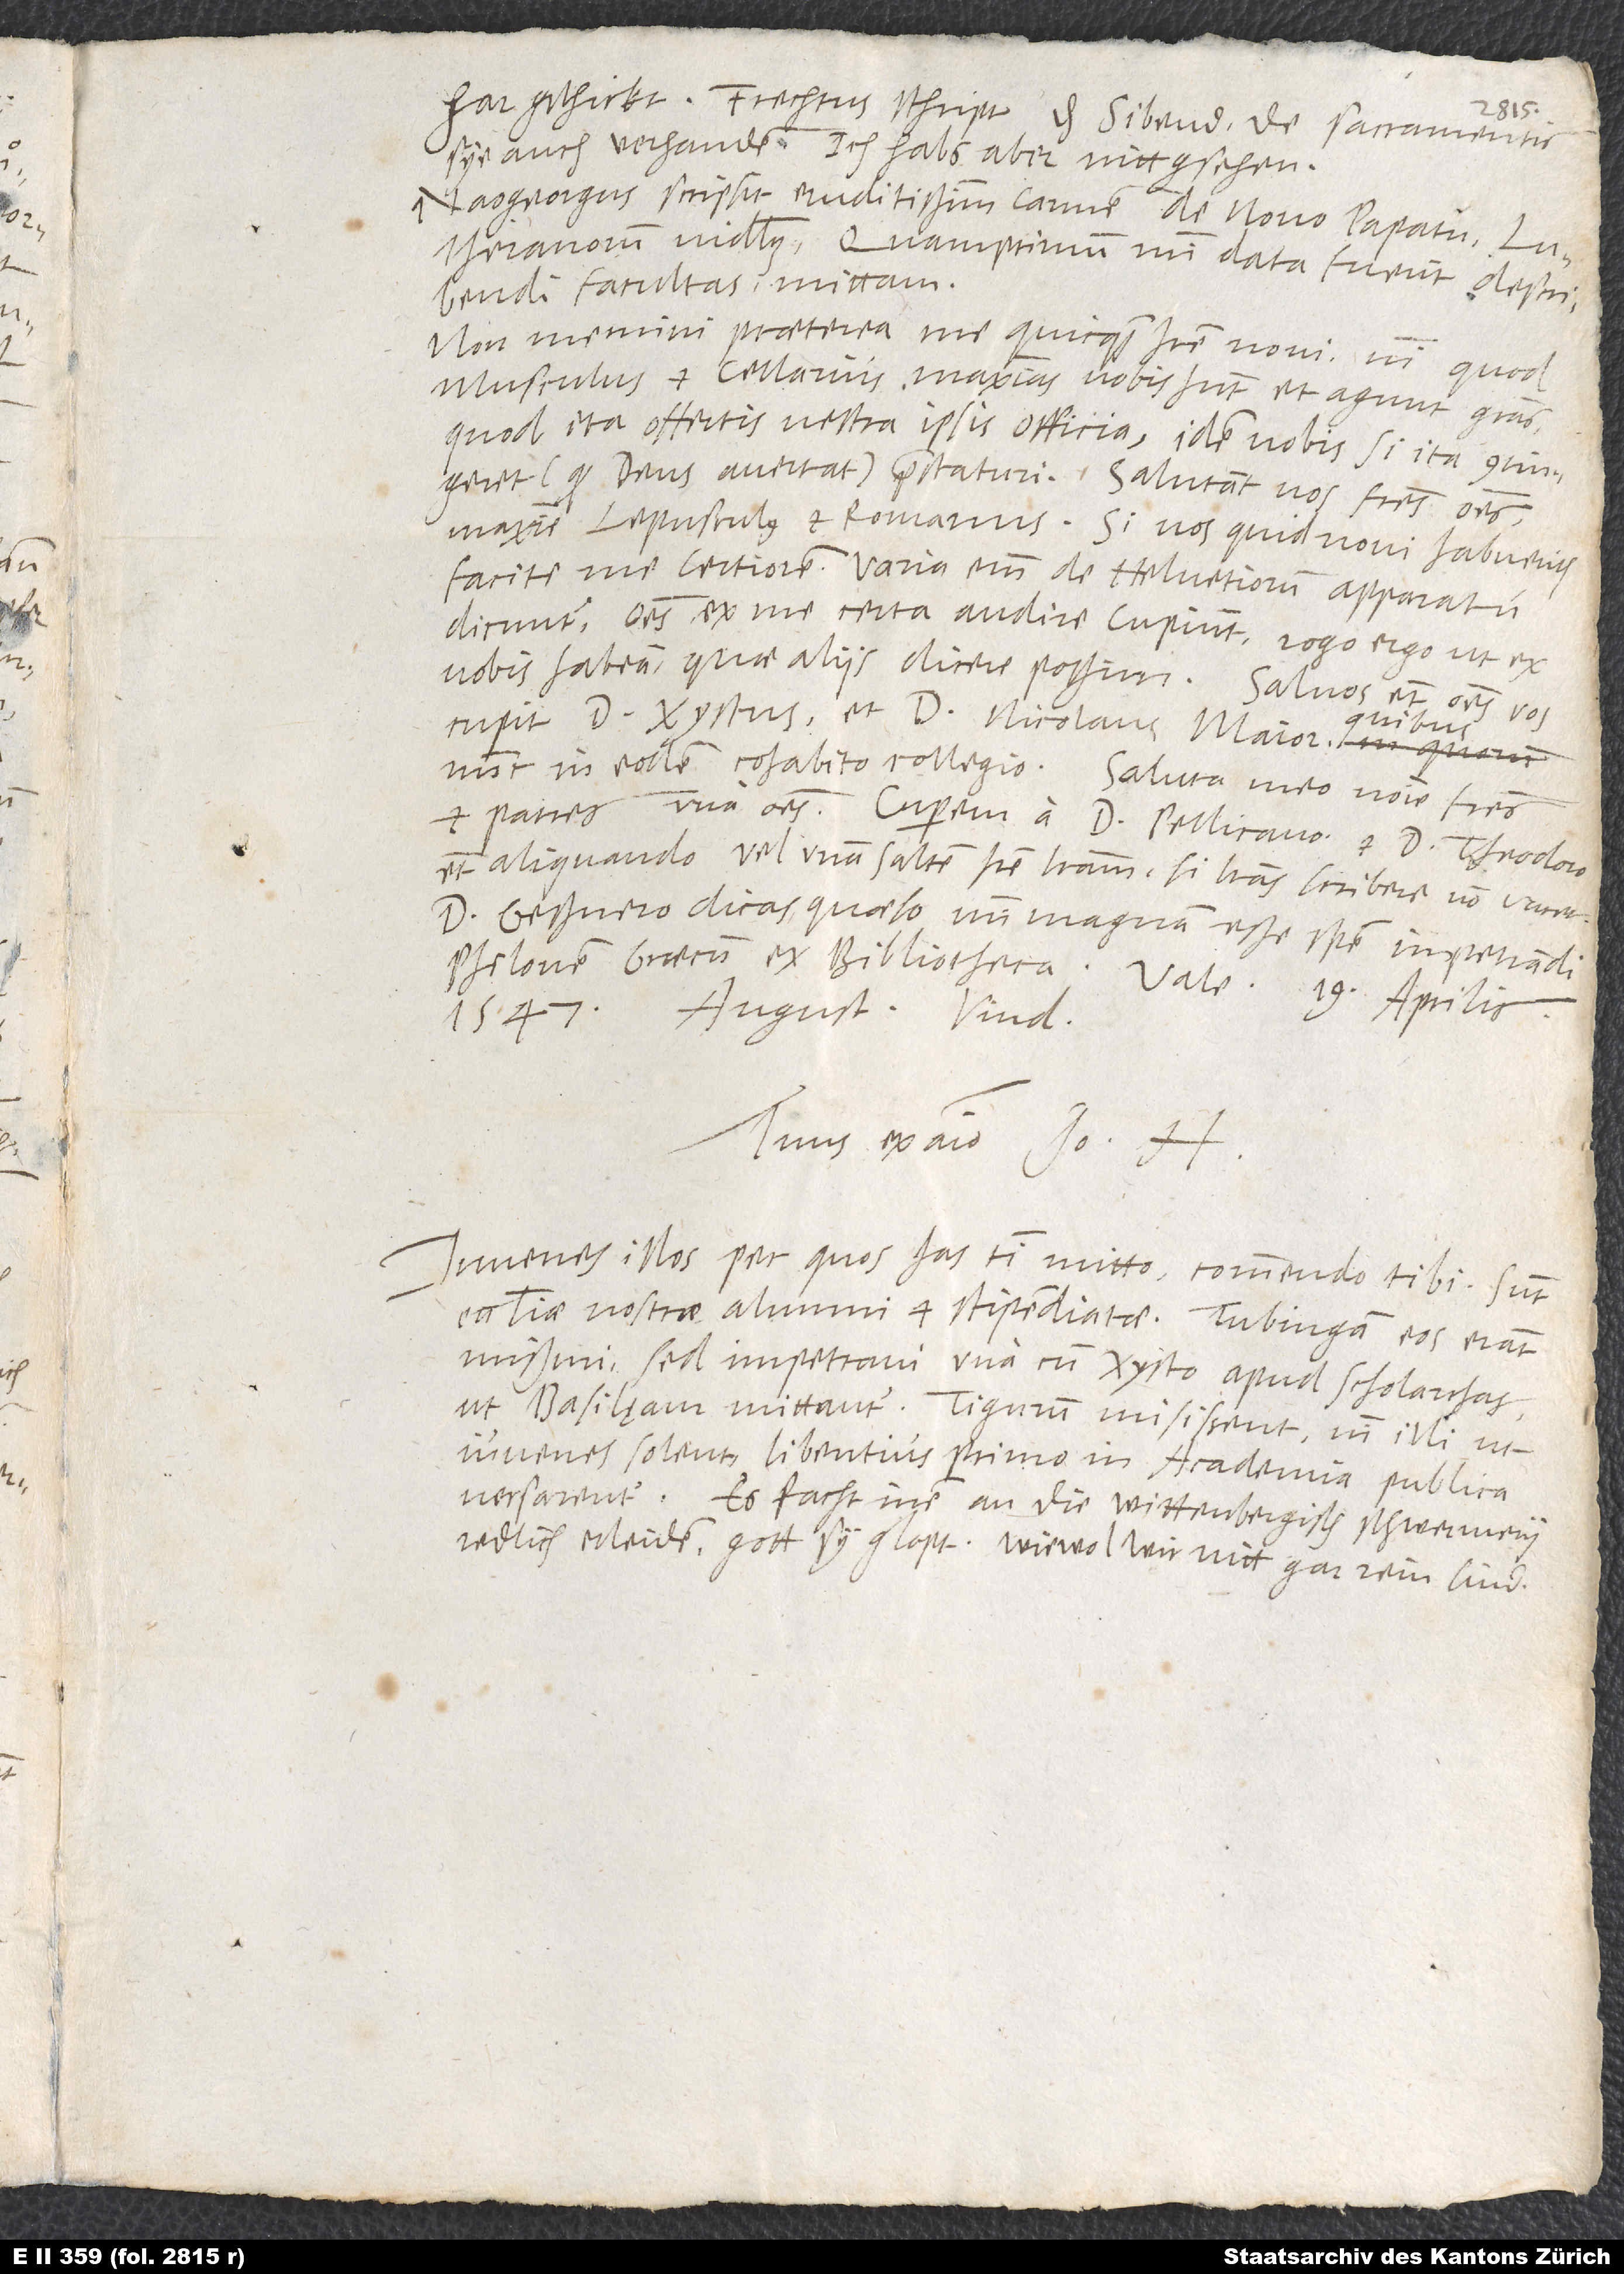
hargschickt. Frechtus schribt, das sibend „De sacramentis“
sye auch verhanden. Ich habs aber nitt gsehen.
Naogeorgus scripsit eruditissimum carmen de novo papatu,
Lutheranorum videlicet. Quamprimum mihi data fuerit describendi
facultas, mittam.
Non memini praeterea me quicquam habere novi, nisi quod
Musculus et Cellarius maximas vobis habent et agunt gratias,
quod ita offertis vestra ipsis officia, idem vobis, si ita contingeret
(quod deus avertat!) praestaturi. Salutant vos fratres omnes,
maxime Lepusculus et Romanus. Si vos quid novi habueritis,
facite me certiorem; varia enim de Helvetiorum apparatu
dicuntur. Omnes ex me certa audire cupiunt. Rogo ergo, ut ex
vobis habeam, quae aliis dicere possim. Salvos etiam omnes vos
quibus
cupit d. Xystus et d. Nicolaus Maior,
nunc in eodem cohabito collegio. Saluta meo nomine fratres
et patres una omnes. Cuperem a d. Pellicano et d. Theodoro
etiam aliquando vel unam saltem habere literam, si literas scribere non vacet.
D. Gessnero dicas, quaeso, mihi magnam esse spem impetrandi
Philonem Graecum ex bibliotheca. Vale. 19. aprilis
1547
Tuus ex animo Io. H.
Iuvenes illos, per quos has tibi mitto, commendo tibi. Sunt
ecclesiae nostrae alumni et stipendiatae. Tubingam eos erant
missuri, sed impetravi una cum Xysto apud scholarchas,
ut Basilęam mittantur. Tigurum misissent, nisi illi, ut
iuvenes solent, libentius primo in academia publica
versarentur. Es facht inen an, die wittenbergisch schwermery
redlich erleiden. Gott sy glopt, wiewol wir nitt gar rein sind.